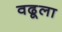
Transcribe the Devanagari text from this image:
वढूला